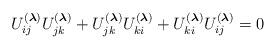
LaTeX: \begin{gather*}U_{ij}^{(\boldsymbol{\lambda})} U_{jk}^{(\boldsymbol{\lambda})} +U_{jk}^{(\boldsymbol{\lambda})} U_{ki}^{(\boldsymbol{\lambda})} +U_{ki}^{(\boldsymbol{\lambda})} U_{ij}^{(\boldsymbol{\lambda})} = 0\end{gather*}